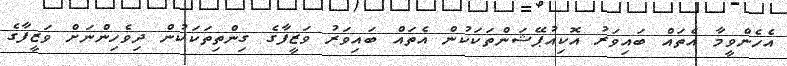
އެހެންވީމާ އެތައް ބައިވަރު އޮކިއުޕޭޝަންތަކަކުން އެތައް ބައިވަރު ވަޒީފާގެ ގިންތިތަކަކުން ދިވެހިންނަށް ވަޒީފާގެ